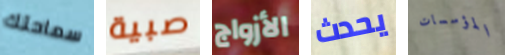
سماحتك صبية الأزواج يحدث المؤسسات